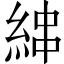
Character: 𦀵